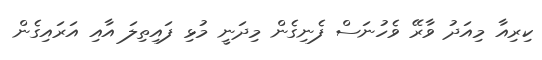
ކިރިއާ މިއަދު ވާރޭ ވެހުނަސް ފެނިގެން މިދަނީ މުޅި ފައިތިލަ އާއި އަރައިގެން